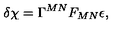
\delta \chi = \Gamma ^ { M N } F _ { M N } \epsilon ,